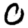
Digit: 0